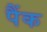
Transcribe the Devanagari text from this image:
पैंक